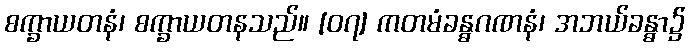
စက္ခာယတနံ၊ စက္ခာယတနသည်။ [၀၇] ကတမံခန္ဓဂဏနံ၊ အဘယ်ခန္ဓာ၌